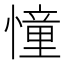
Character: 憧